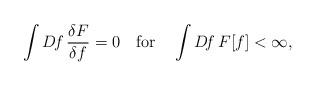
LaTeX: \begin{align*}\int D\!f\,\frac{\delta F}{\delta f} = 0~~~{\rm for}~~~\int D\!f\,F[f] < \infty ,\end{align*}